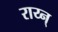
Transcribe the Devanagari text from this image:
राय्न्